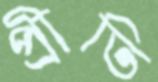
প্রীতি